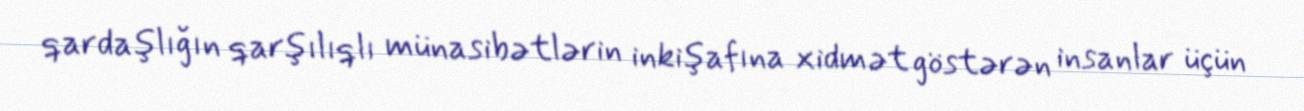
qardaşlığın qarşılıqlı münasibətlərin inkişafına xidmət göstərən insanlar üçün